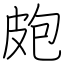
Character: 皰